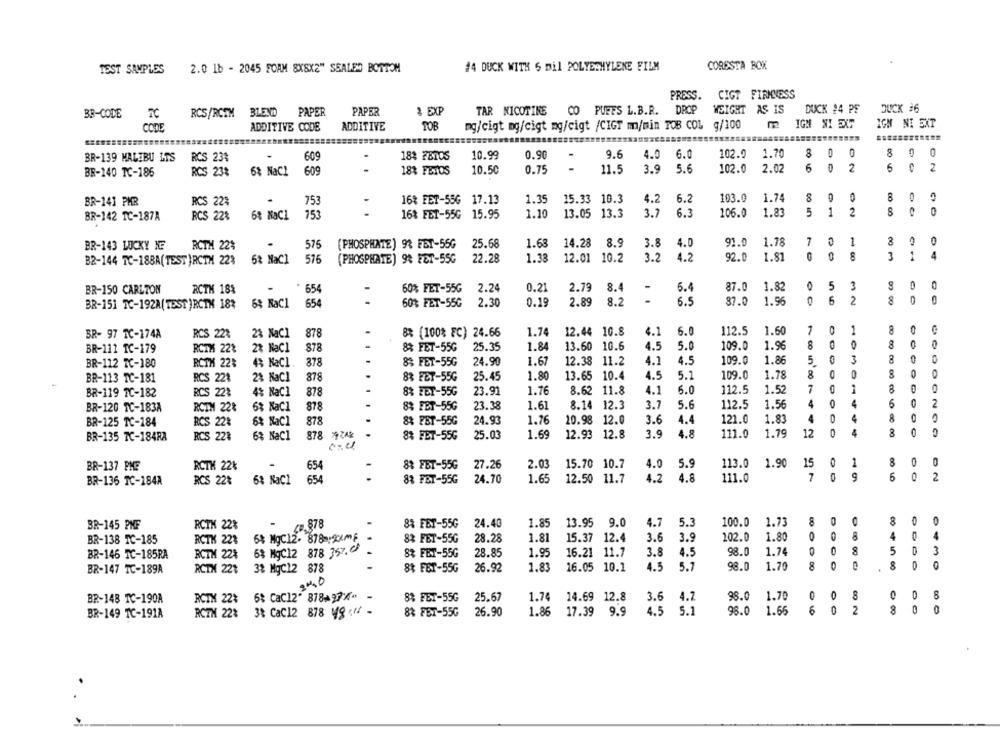
#4 DUCK WITH 5 mil POLYETHYLENE FILM
CORESTA BOX
TEST SAMPLES
2.0 1b - 2045 FOAM 8X8X2" SEALED BOTTOM
PRESS. CIGT FIRMNESS
BR-CODE
RCS/RCEM BLEND
PAPER
PAPER
& EXP
TAR NICOTINE
CO PUFFS L.B.R. DROP WEIGHT AS IS
DUCK 14 PF
DUCK 36
ADDITIVE CODE
ADDITIVE
TOB
mg/cigt mg/cigt mg/cigt /CIGT m/min TOB COL g/100
IGH NI EXT
IGM NI SXT
CODE
BR-139 MALIBU ITS RCS 23%
609
.
18% FBIOS
10.99
0.90
9.6
4.0 6.0
102.9
1.70
80 0
8
BR-140 TC-185
RCS 23%
6% NaCl
609
18% FETOS
10.50
0.75
11.5
3.9
5.6
102.0
2.02
6
0
2
6
0
2
BR-141 PMR
RCS 22%
-
753
16% FET-55G 17.13
1.35
15.33 10.3
4.2
6.2
103.0
1.74
8
0
S
BR-142 TC-187A
RCS 22%
6% NaCl
753
.
16% FET-55G 15.95
1.10
13.05 13.3
3.7
6.3
106.0
1.83
5
1
2
0
7
1
BR-143 LUCKY NE
RCTH 22%
575
(PHOSPHATE) 9% FBT-56G
25.68
1.68
14.28
8.9
3.8
4.0
91.0
1.78
0
3
B2-144 TC-18BA(TEST )RCTH 22%
6% NaCl
516
(PHOSPHATE) 9% FET-55G
22.28
1.33
12.01 10.2
3.2
4.2
92.0
1.81
87.0
0
5
0
BR-150 CARLTON
RCTH 18%
654
60% FET-55G
2.24
0.21
2.79
8.4
6.4
1.82
6.5
5
2
0
0
BR-151 TC-192A(TEST )RCTM 18%
6$ NaCl
654
60% FET-55G
2.30
0.19
2.89
8.2
87.0
1.96
6.0
7
1
SR- 97 TC-174A
RCS 22%
28 NaCl
878
8% (100% FC) 24.66
1.74
12.44 10.8
4.1
112.5
1.60
13.60 10.6
5.0
109.0
1.96
BR-111 TC-179
RCTX 22%
2% NaCl
878
8% FET-55G
25.35
1.84
4.5
24.90
1.67
12.38 11.2
4.1
4.5
109.0
1.86
5
3
BR-112 TC-180
RCTH 22%
4% NaCl
878
8% FET-55G
.
25.45
1.80
13.65 10.4
4.5
5.1
109.0
1.78
BR-113 TC-181
RCS 221
2% NaCl
878
8% FET-55G
4% NaCl
878
23.91
1.76
8.62
4.1
6.0
112.5
1.52
7
8
0
BR-119 TC-182
RCS 22%
8% FET-55G
11.8
6% NaCl
8% FBT-55G
23.38
1.61
8.14 12.3
3.7
5.6
112.5
1.56
4
6
2
BR-120 TC-183A
RCTM 22%
878
6% NaCl
878
84 FBT-55G
24.93
1.76
10.98 12.0
3.6
4.4
121.0
1.83
4
BR-125 TC-184
RCS 22%
RCS 22%
6% NaCl
878 79ZAR
83 FET-55G
25.03
1.69
12.93 12.8
3.9
4.8
111.0
1.79
12
4
BR-135 TC-184RA
RCTK 22₺
-
88 FBT-55G
27.26
2.03
15.70 10.7
113.0 1.90
15
1
8
0
BR-137 PME
654
4.0
5.9
RCS 22%
6% NaCl
654
83 FET-55G
24.70
1.65
12.50 11.7
4.2
4.8
111.0
7
9
5
2
BR-136 TC-184A
BR-145 PMF
RCTH 22%
m.878
-
83 FET-55G
24.40
1.85
13.95 9.0
4.7
5.3
100.0 1.73
8
BR-138 TC-185
RCTK 22%
6% MgC12. 878-12KmF
83 FET-55G
28.28
1.81
15.37 12.4
3.6
3.9
102.0
1.80
4
0
BR-146 TC-185RA
BCTH 22%
6% MgC12 878 357.
8% FET-55G
28.85
1.95
16.21 11.7
3.8
4.5
98.0
1.74
5
3
BR-147 TC-189A
RCTX 22%
3% MgC12 878
8% FBT-55G
26.92
1.83
16.05 10.1
4.5
5.7
98.0
1.70
8
BR-148 TC-190A
RCIX 22%
5% Cac12 818 277-
8% FBT-55G
25.67
1.74
14.69 12.8
3.6
4.2
98.0
1.70
0
8
BR-149 TC-191A
ACTH 22% 3% CaC12 878 48(+/ -
83 FET-55G
26.90
1.86
17.39
9.9
4.5
5.1
98.0
1.65
6
2
0